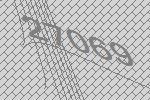
27069